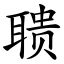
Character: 聩